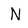
Character: N